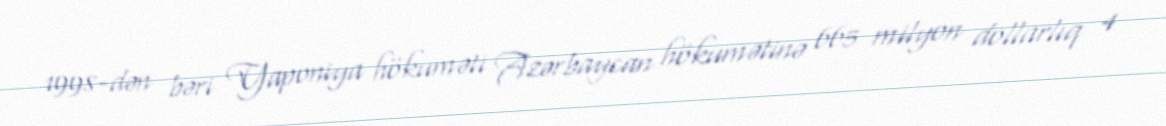
1998-dən bəri Yaponiya hökuməti Azərbaycan hökumətinə 665 milyon dollarlıq 4